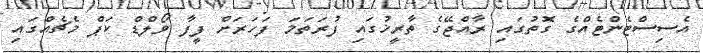
އެސިސްޓެންޓެއްގެ ގޮތުގައި ރާއްޖޭގެ ތާރީޚުގައި ފުރަތަމަ ފަހަރަށް ފީފާ ވޯލްޑް ކަޕް މެޗެއްގައި